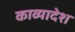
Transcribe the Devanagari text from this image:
काव्यादेश